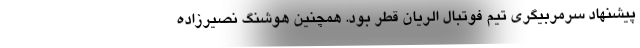
پیشنهاد سرمربیگری تیم فوتبال الریان قطر بود. همچنین هوشنگ نصیرزاده